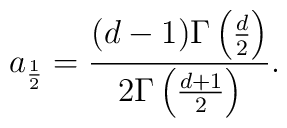
a_\frac12 = \frac{(d-1)\Gamma\left(\frac{d}2\right)}{  2\Gamma\left(\frac{d+1}2\right)}.